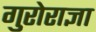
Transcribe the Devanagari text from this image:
गुरोराज्ञा